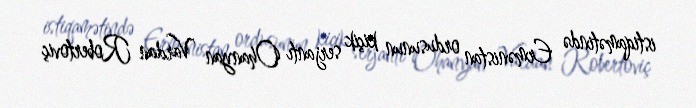
istiqamətində Ermənistan ordusunun kiçik serjantı Ohanyan Vardan Robertoviç